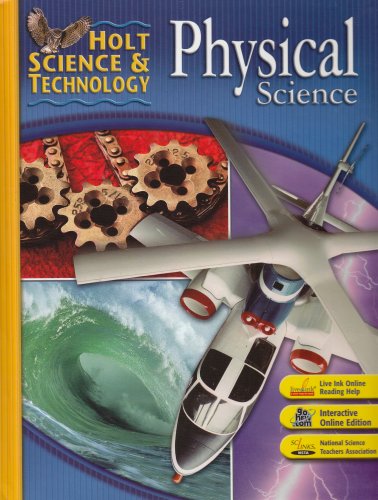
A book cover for Holt Science & Technology: Student Edition Physical Science 2007; RINEHART AND WINSTON HOLT; Teen & Young Adult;